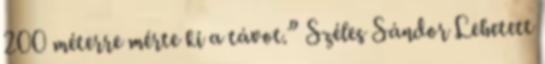
200 méterre mérte ki a távot.” Széles Sándor Lehetett